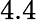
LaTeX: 4.4